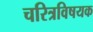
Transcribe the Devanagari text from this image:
चरित्रविषयक